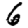
Digit: 6